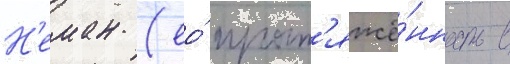
Н'еман (ео́ прот'яжё́нность в